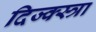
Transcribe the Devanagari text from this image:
दिज्क्स्त्रा